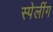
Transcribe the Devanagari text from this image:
स्पेलींग